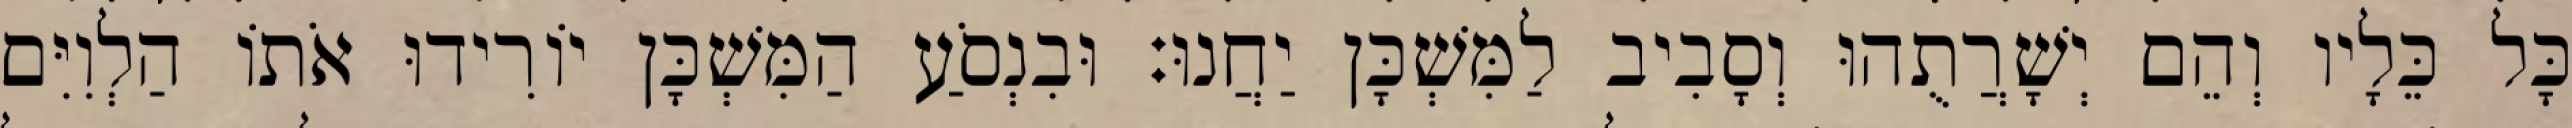
כָּל כֵּלָיו וְהֵם יְשָׁרֲתֻהוּ וְסָבִיב לַמִּשְׁכָּן יַחֲנוּ׃ וּבִנְסֹעַ הַמִּשְׁכָּן יוֹרִידוּ אֹתוֹ הַלְוִיִּם